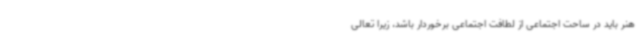
هنر باید در ساحت اجتماعی از لطافت اجتماعی برخوردار باشد، زیرا تعالی